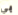
بي